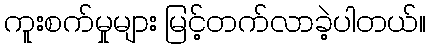
ကူးစက်မှုများ မြင့်တက်လာခဲ့ပါတယ်။